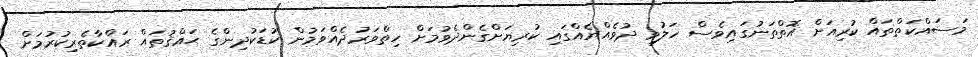
މަސައްކަތްތައް ކުރިއަށް އޮތްތަނުގައިވެސް ހަލުވި ދުވެއްޔެއްގައި ކުރިޔަށްގެންދެވުމަށް ހިތްވަރުދެއްވަމުން ކުޑަކުދިންގެ ޙައްޤުތައް ރައްކާތެރިކުރުމަށް